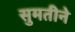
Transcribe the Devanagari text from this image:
सुमतीने